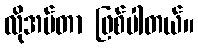
လိုအပ်တာ ဖြစ်ပါတယ်။